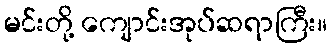
မင်းတို့ ကျောင်းအုပ်ဆရာကြီး။